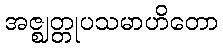
အဇ္ဈတ္တုပသမာဟိတော